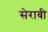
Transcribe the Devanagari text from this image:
सेराबी